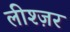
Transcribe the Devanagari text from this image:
लीश्ज़र